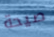
صيحة